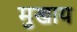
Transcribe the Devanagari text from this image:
मुखाय